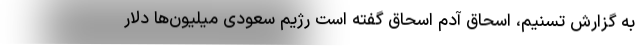
به گزارش تسنیم، اسحاق آدم اسحاق گفته است رژیم سعودی میلیون‌ها دلار